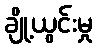
ချို့ယွင်းမှု